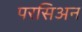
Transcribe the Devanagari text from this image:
परसिअन